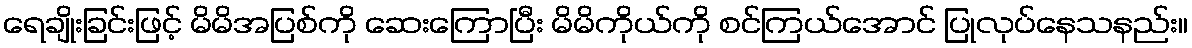
ရေချိုးခြင်းဖြင့် မိမိအပြစ်ကို ဆေးကြောပြီး မိမိကိုယ်ကို စင်ကြယ်အောင် ပြုလုပ်နေသနည်း။